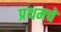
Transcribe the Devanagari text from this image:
प्रथमचे